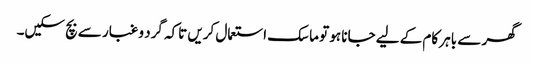
گھر سے باہر کام کے لیے جانا ہو تو ماسک استعمال کریں تاکہ گرد و غبار سے بچ سکیں۔